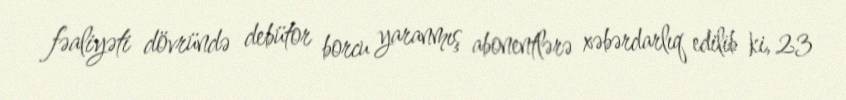
fəaliyəti dövründə debütor borcu yaranmış abonentlərə xəbərdarlıq edilib ki, 23